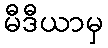
မီဒီယာမှ